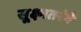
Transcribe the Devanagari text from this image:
सूक्ष्मतरंगे